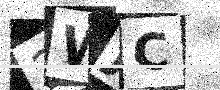
Text: 2WJC